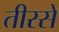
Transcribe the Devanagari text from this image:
तीरसे